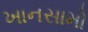
ખાનસામો